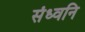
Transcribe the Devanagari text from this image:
संध्वनि